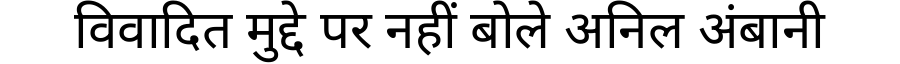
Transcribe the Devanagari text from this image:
विवादित मुद्दे पर नहीं बोले अनिल अंबानी